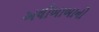
અલીબાબાનો